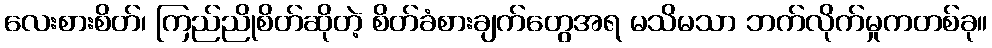
လေးစားစိတ်၊ ကြည်ညိုစိတ်ဆိုတဲ့ စိတ်ခံစားချက်တွေအရ မသိမသာ ဘက်လိုက်မှုကတစ်ခု။